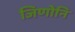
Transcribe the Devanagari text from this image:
जिणोनि